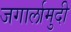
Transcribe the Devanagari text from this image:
जगार्लामुदी